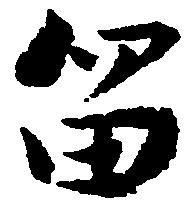
留